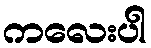
ကလေးပါ